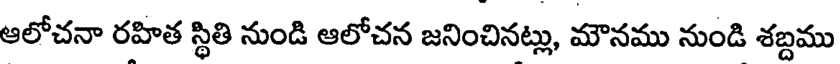
ఆలోచనా రహిత స్థితి నుండి ఆలోచన జనించినట్లు, మౌనము నుండి శబ్దము